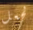
لجعل